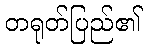
တရုတ်ပြည်၏